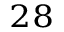
^ { 2 8 }